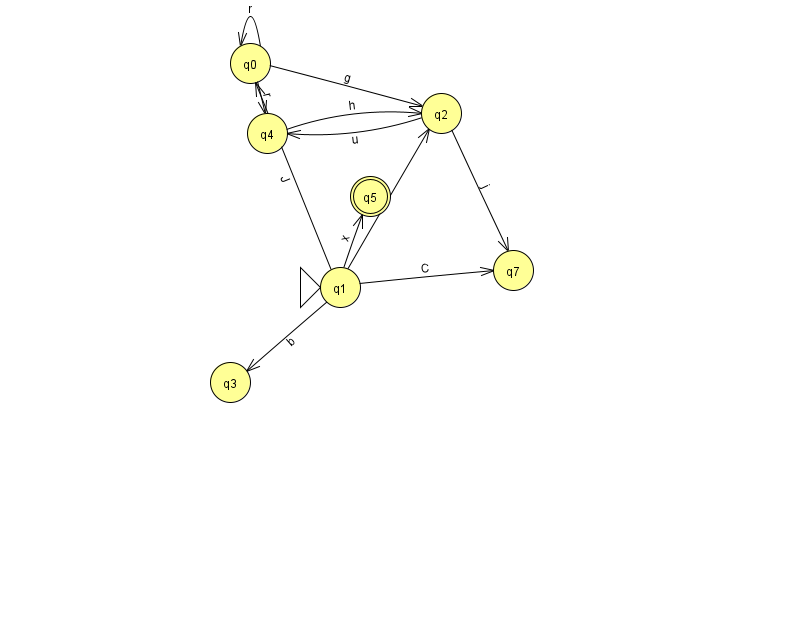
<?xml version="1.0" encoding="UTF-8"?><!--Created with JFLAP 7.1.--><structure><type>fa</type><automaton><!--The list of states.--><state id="0" name="q0"><x>250.0</x><y>50.0</y></state><state id="1" name="q1"><x>340.0</x><y>274.0</y><initial/></state><state id="2" name="q2"><x>441.0</x><y>100.0</y></state><state id="3" name="q3"><x>230.0</x><y>369.0</y></state><state id="4" name="q4"><x>267.0</x><y>120.0</y></state><state id="5" name="q5"><x>370.0</x><y>183.0</y><final/></state><state id="7" name="q7"><x>513.0</x><y>257.0</y></state><!--The list of transitions.--><transition><from>1</from><to>0</to><read>J</read></transition><transition><from>0</from><to>0</to><read>r</read></transition><transition><from>1</from><to>2</to><read>r</read></transition><transition><from>0</from><to>4</to><read>r</read></transition><transition><from>4</from><to>2</to><read>h</read></transition><transition><from>1</from><to>3</to><read>b</read></transition><transition><from>1</from><to>5</to><read>x</read></transition><transition><from>2</from><to>7</to><read>j</read></transition><transition><from>2</from><to>4</to><read>u</read></transition><transition><from>0</from><to>2</to><read>g</read></transition><transition><from>1</from><to>7</to><read>C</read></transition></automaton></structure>